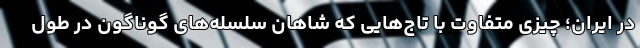
در ایران؛ چیزی متفاوت با تاج‌هایی که شاهان سلسله‌های گوناگون در طول